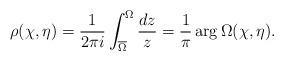
LaTeX: \begin{align*}\rho(\chi,\eta)=\frac{1}{2\pi i}\int_{\overline{\Omega}}^{\Omega}\frac{dz}{z}=\frac{1}{\pi}\arg \Omega(\chi,\eta).\end{align*}